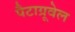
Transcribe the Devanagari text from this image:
पैटाग्रूवेल